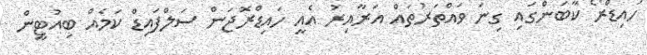
ހައިޑްރޯ ކާބަންގައި ގިނަ ވައްތަރުތައް އަރާއިރު އެއީ ހައިޑްރޮޖަން ސަލްފައިޑް ކަމެއް ބިއުޓީން